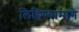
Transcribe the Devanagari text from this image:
लिहिण्यामागे